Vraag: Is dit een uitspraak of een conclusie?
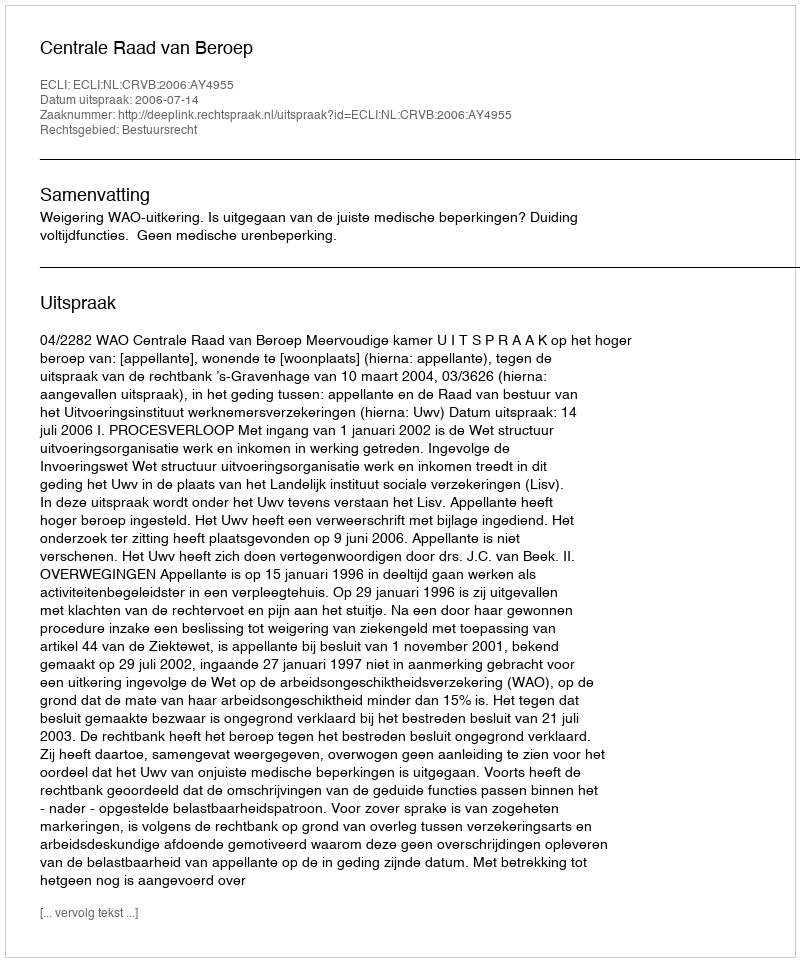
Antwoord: Uitspraak